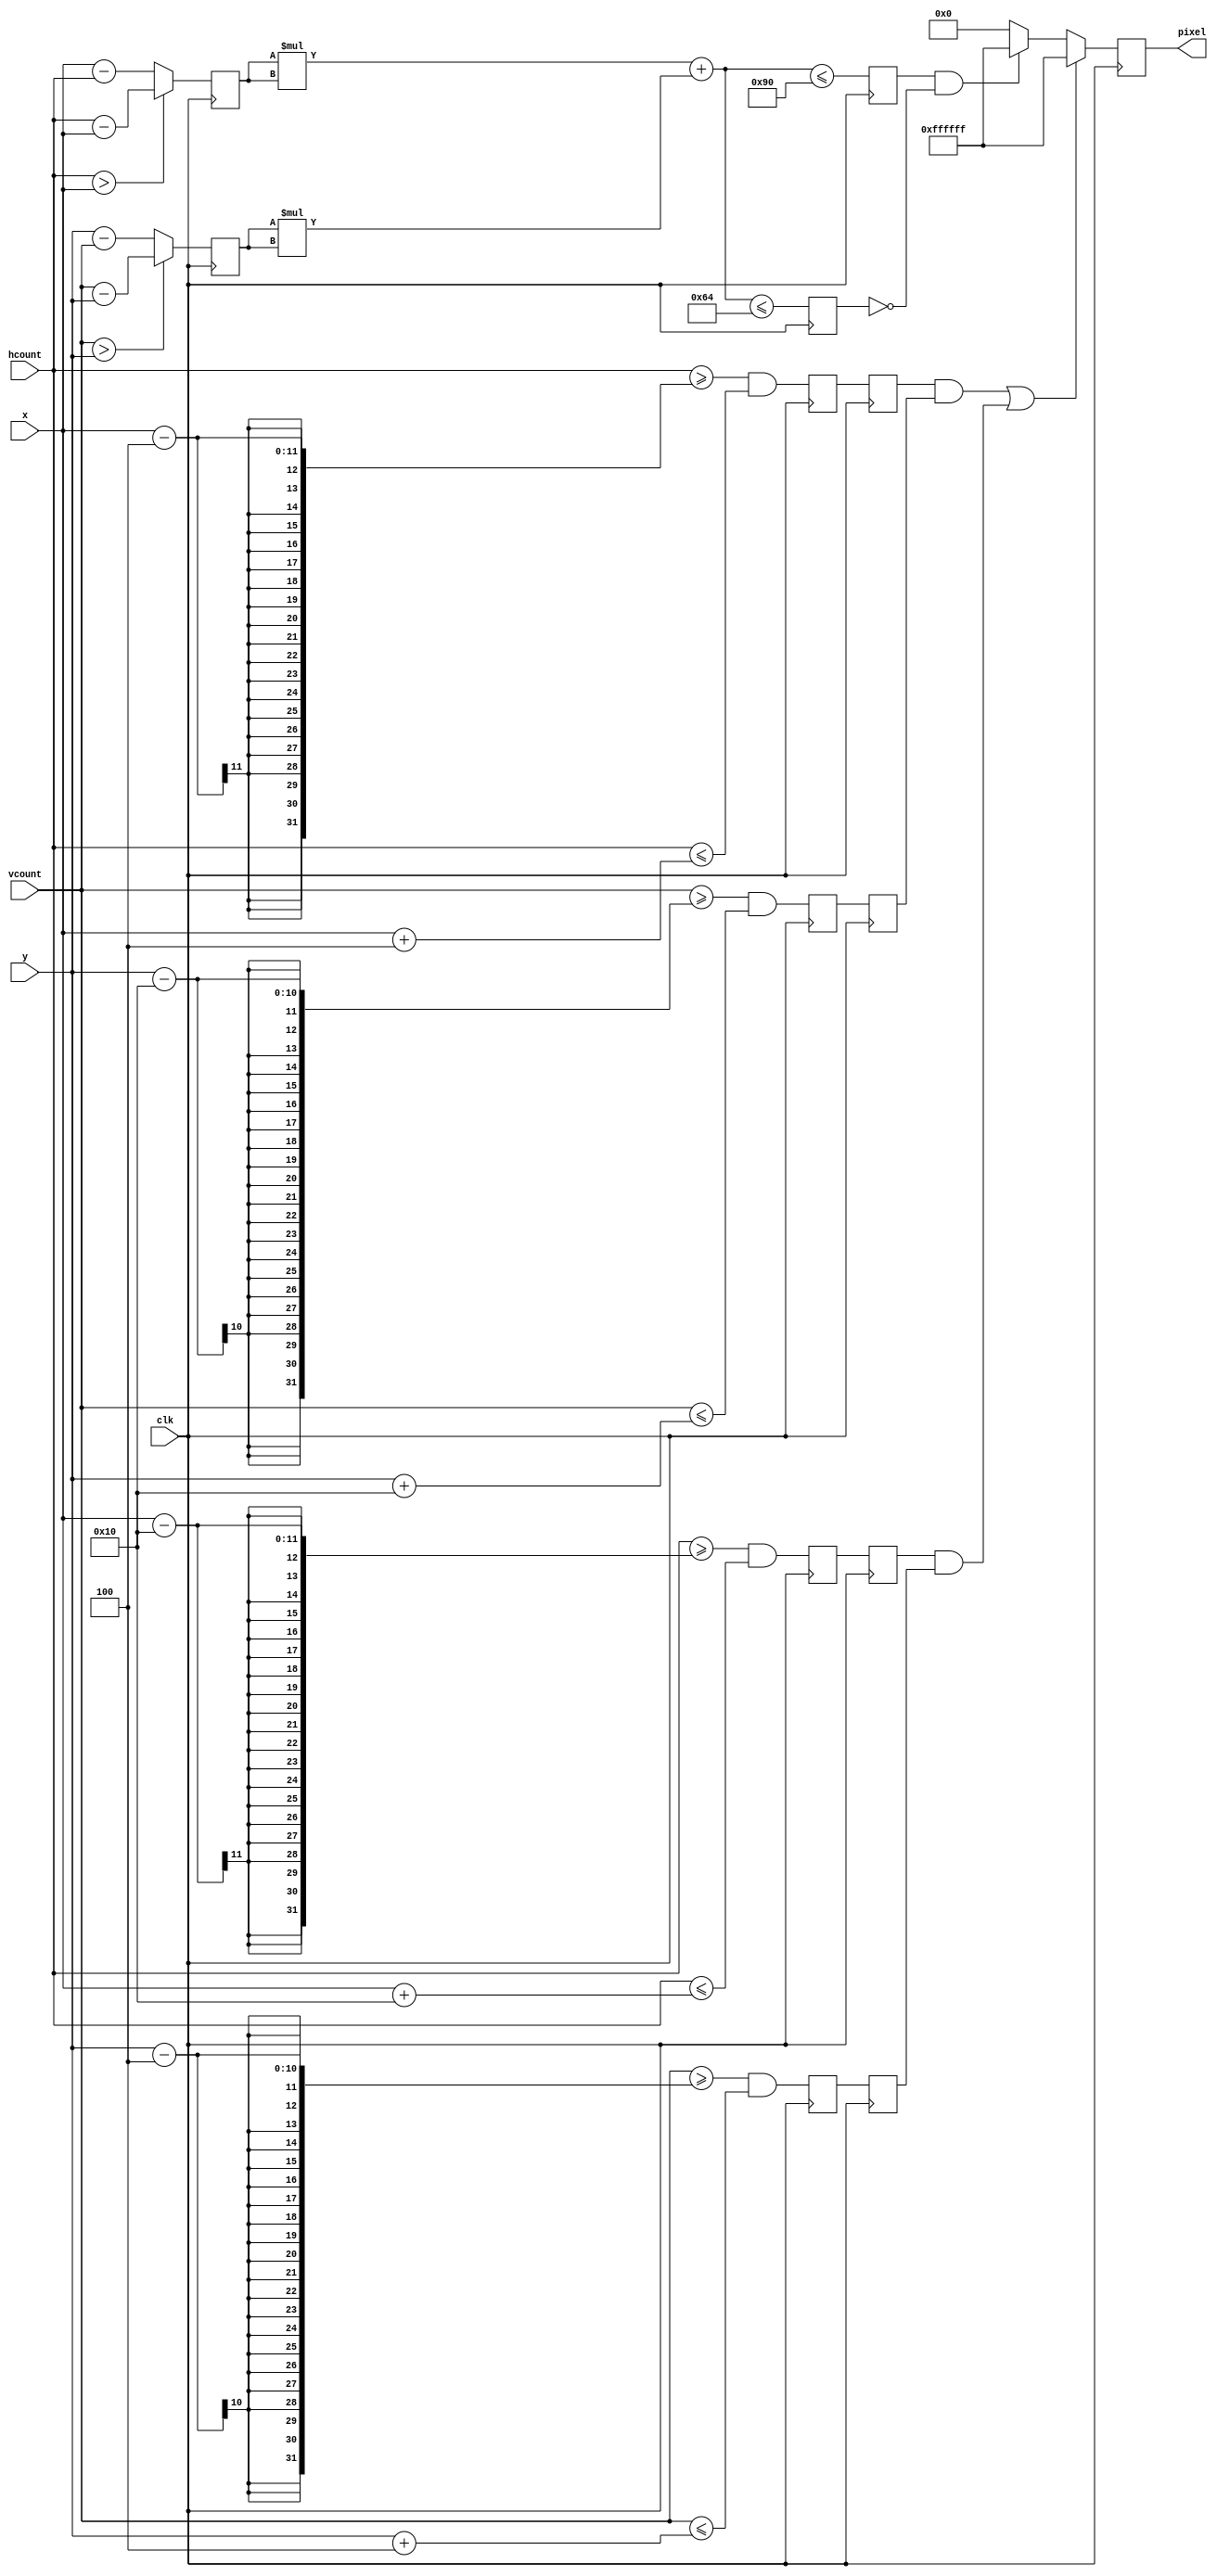
module hit #(parameter HEIGHT = 16, WIDTH = 4, RADIUS=12, RADIUS1=10, COLOR = 24'hFFFFFF)
  		(input clk, input [10:0] x, hcount, input [9:0] y, vcount, output reg [23:0] pixel);
		initial begin 
		pixel<=0;
		end 
		
  		reg constrnt_x1[1:0], constrnt_x2[1:0], constrnt_y1[1:0], constrnt_y2[1:0],c_constrnt,c_constrnt1;
  		reg [10:0] deltax;
  		reg [9:0] deltay;
		
  		always @(posedge clk) begin 
  			deltax <= (hcount > x) ? (hcount-x) : (x-hcount);
  			deltay <= (vcount>y)?(vcount-y): (y-vcount);
			
  			c_constrnt<=(deltax*deltax+deltay*deltay<= RADIUS*RADIUS);
			c_constrnt1<=(deltax*deltax+deltay*deltay<= RADIUS1*RADIUS1);
			
  			{constrnt_x1[1],constrnt_x1[0]} <= {constrnt_x1[0],((hcount>=x-WIDTH)&(hcount<=x+WIDTH))};
  			{constrnt_x2[1],constrnt_x2[0]} <= {constrnt_x2[0],((hcount>=x-HEIGHT)&(hcount<=x+HEIGHT))};

  			{constrnt_y1[1],constrnt_y1[0]} <= {constrnt_y1[0],((vcount>=y-HEIGHT)&(vcount<=y+HEIGHT))};
  			{constrnt_y2[1],constrnt_y2[0]} <= {constrnt_y2[0],((vcount>=y-WIDTH)&(vcount<=y+WIDTH))};
			
			
  			if ((constrnt_x1[1]&&constrnt_y1[1])||(constrnt_x2[1]&&constrnt_y2[1])) pixel <= COLOR;
  			else if(c_constrnt&~c_constrnt1) pixel <= COLOR;
  			else pixel<=0;

  		end
endmodule